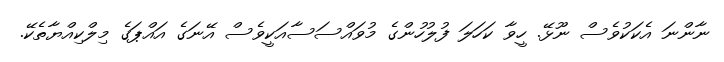
ނާންނަ އެކަކުވެސް ނޫޅޭ. ހީވާ ކަހަލަ ފުލުހުންގެ މުވައްސަސާއަކީވެސް އޭނަގެ އައްޕަގެ މިލްކިއްޔާތެކޭ.